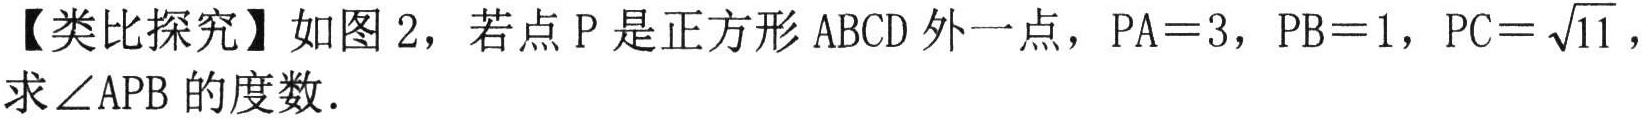
【类比探究】如图 2，若点 P 是正方形 ABCD 外一点，PA = 3，PB = 1，PC = \(\sqrt{11}\)，求\(\angle APB\)的度数.